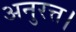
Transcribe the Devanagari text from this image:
अनुरत्त।